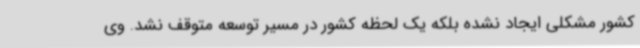
کشور مشکلی ایجاد نشده بلکه یک لحظه کشور در مسیر توسعه متوقف نشد. وی